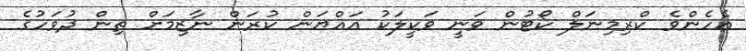
އެހެންވެ ކްރިމިނަލް ކޯޓުން ވަނީ ވަކީލަކު އައްޔަން ކުރަން ނާޒިމަށް ތިން ދުވަހުގެ